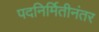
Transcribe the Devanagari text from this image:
पदनिर्मितीनंतर